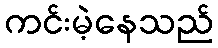
ကင်းမဲ့နေသည်